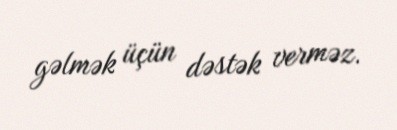
gəlmək üçün dəstək verməz.